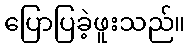
ပြောပြခဲ့ဖူးသည်။